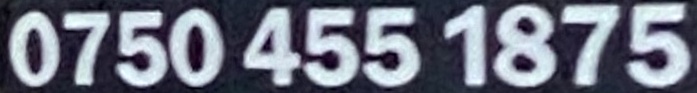
0750 455 1875